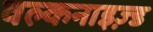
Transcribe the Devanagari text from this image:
वल्कनाइज़्ड